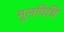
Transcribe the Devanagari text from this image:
मूलविधि